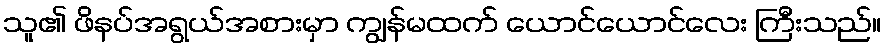
သူ၏ ဖိနပ်အရွယ်အစားမှာ ကျွန်မထက် ယောင်ယောင်လေး ကြီးသည်။